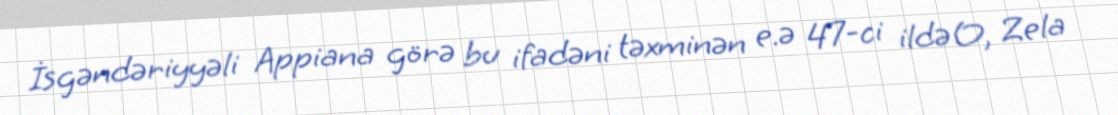
İsgəndəriyyəli Appiana görə bu ifadəni təxminən e.ə 47-ci ildə O, Zela